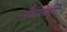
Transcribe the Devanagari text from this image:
हैभारतीय